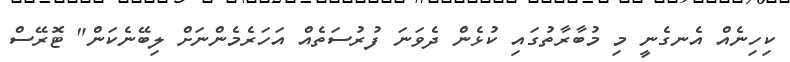
ކިހިނެއް އެނގެނީ މި މުބާރާތުގައި ކުޅެން ދެވަނަ ފުރުސަތެއް އަހަރެމެންނަށް ލިބޭނެކަން" ޓޮރޭސް